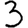
Digit: 3